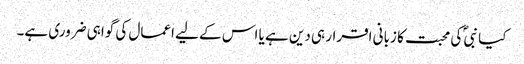
کیا نبیؐ کی محبت کا زبانی اقرار ہی دین ہے یا اس کے لیے اعمال کی گواہی ضروری ہے۔